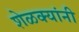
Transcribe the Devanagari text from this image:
शेळक्यांनी